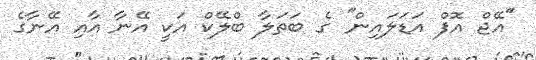
''އޭޖް އޮފް އަޑަލައިން'' ގެ ބަތަލާ ބްލޭކް އަކީ އޭނާ އާއި އޭނާގެ